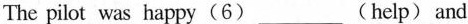
The pilot was happy(6)___(help) and